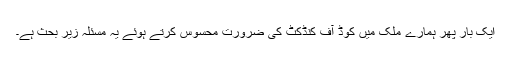
ایک بار پھر ہمارے ملک میں کوڈ آف کنڈکٹ کی ضرورت محسوس کرتے ہوئے یہ مسئلہ زیر بحث ہے۔